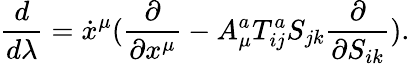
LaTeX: \frac{d}{d\lambda}=\dot{x}^{\mu}(\frac{\partial}{\partial x^{\mu}}-A_{\mu}^{a}T_{ij}^{a}S_{jk}\frac{\partial}{\partial S_{ik}}).